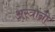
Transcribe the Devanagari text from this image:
अस्त्रांनी